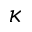
\kappa